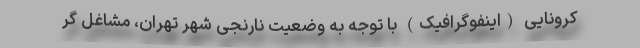
کرونایی (اینفوگرافیک) با توجه به وضعیت نارنجی شهر تهران، مشاغل گر